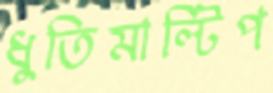
ধুতিমাল্টিপ